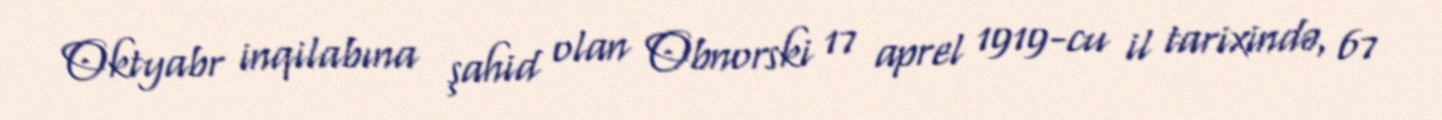
Oktyabr inqilabına şahid olan Obnorski 17 aprel 1919-cu il tarixində, 67